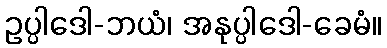
ဥပ္ပါဒေါ-ဘယံ၊ အနုပ္ပါဒေါ-ခေမံ။